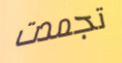
تجمدت